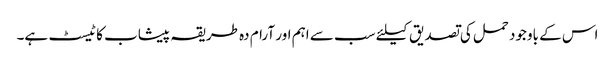
اس کے باوجود حمل کی تصدیق کیلئے سب سے اہم اور آرام دہ طریقہ پیشاب کا ٹیسٹ ہے۔